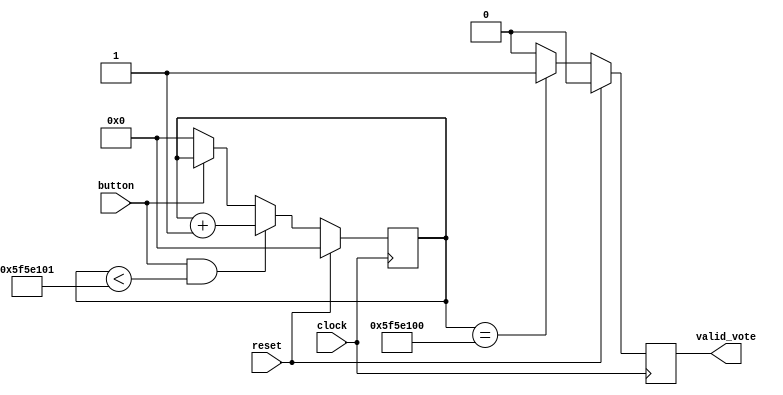
`timescale 1ns / 1ps
//////////////////////////////////////////////////////////////////////////////////
// Company: 
// Engineer: 
// 
// Design Name: 
// Module Name: buttonControl
// Project Name: 
// Target Devices: 
// Tool Versions: 
// Description: 
// 
// Dependencies: 
// 
// Revision:
// Revision 0.01 - File Created
// Additional Comments:
// 
//////////////////////////////////////////////////////////////////////////////////


module buttonControl(
    input clock,
    input reset,
    input button,
    output reg valid_vote
     );
     
     reg [30:0] counter;
     always @(posedge clock)
     begin
        if(reset)
            counter<=0;
        else
            begin 
                if(button & counter<100000001)
                    counter<=counter+1;
                 else if(!button)
                    counter<=0;
              end
        end
        
       always @(posedge clock)
        begin
            if(reset)
                valid_vote<=1'b0;
             else
                begin
                    if(counter==100000000)
                        valid_vote<=1'b1;
                    else
                        valid_vote<=1'b0;
                 end
           end
 endmodule